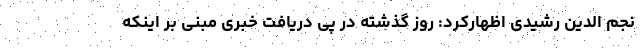
نجم الدین رشیدی اظهارکرد: روز گذشته در پی دریافت خبری مبنی بر اینکه